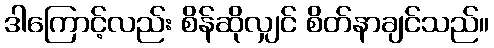
ဒါကြောင့်လည်း စိန်ဆိုလျှင် စိတ်နာချင်သည်။